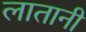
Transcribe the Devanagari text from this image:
लातानी